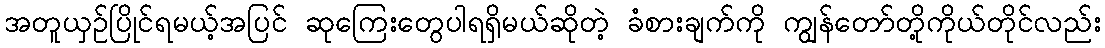
အတူယှဉ်ပြိုင်ရမယ့်အပြင် ဆုကြေးတွေပါရရှိမယ်ဆိုတဲ့ ခံစားချက်ကို ကျွန်တော်တို့ကိုယ်တိုင်လည်း